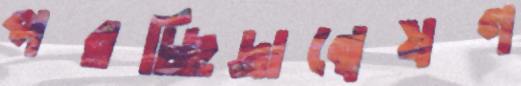
পরচ্ছিদ্রান্বেষণ